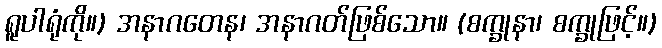
ရူပါရုံကို။) အနာဂတေန၊ အနာဂတ်ဖြစ်သော။ (စက္ခုနာ၊ စက္ခုဖြင့်။)